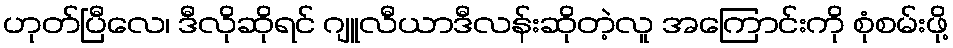
ဟုတ်ပြီလေ၊ ဒီလိုဆိုရင် ဂျူလီယာဒီလန်းဆိုတဲ့လူ အကြောင်းကို စုံစမ်းဖို့